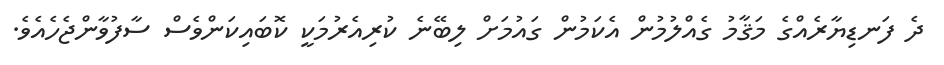
ދެ ފަނޑިޔާރެއްގެ މަޤާމު ގެއްލުމުން އެކަމުން ގައުމަށް ލިބޭނެ ކުރިއެރުމަކީ ކޮބައިކަންވެސް ސާފުވާންޖެހެއެވެ.